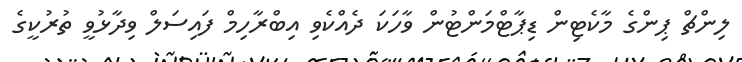
ލިންޗް ޕިންގެ މާކެޓިން ޑިޕާޓްމަންޓުން ވާހަކަ ދެއްކެވި އިބްރާހިމް ފައިސަލް ވިދާޅުވީ ތުރުކީގެ